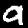
Digit: 9